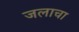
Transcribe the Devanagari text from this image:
जलाचा